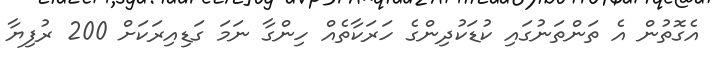
އެގޮތުން އެ ތަންތަނުގައި ކުޑަކުދިންގެ ހަރަކާތެއް ހިންގާ ނަމަ ގަޑިއިރަކަށް 200 ރުފިޔާ